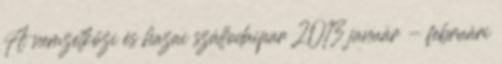
A nemzetközi és hazai szállodaipar 2013 január - februári